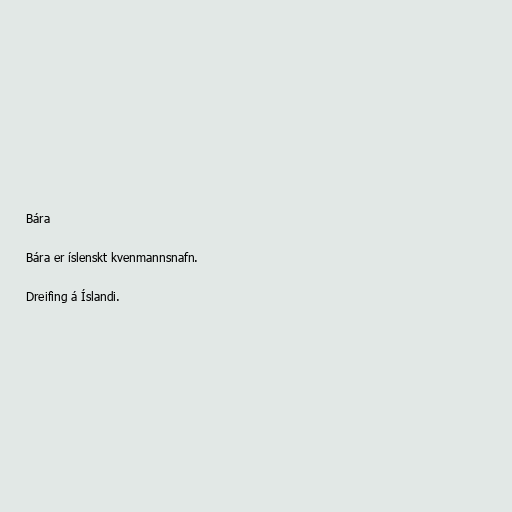
Bára

Bára er íslenskt kvenmannsnafn.

Dreifing á Íslandi.